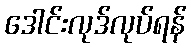
ဒေါင်းလုဒ်လုပ်ရန်